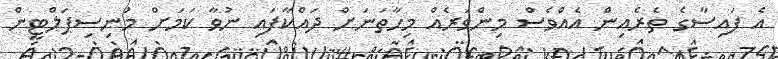
އެ ފައިސާގެ ތެރެއިން އެއްވެސް މިންވަރެއް މިހާތަނަށް ދައްކާފައި ނުވާ ކަމަށް މުނިސިޕަލްޓީން